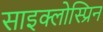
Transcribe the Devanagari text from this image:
साइक्लोस्प्रिन